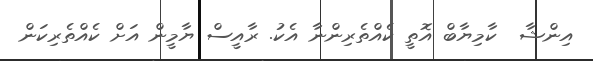
އިންޝާ  ކާމިޔާބް އޮތީ ކެއްތެރިންނާ އެކު. ރާއީސް ޔާމީން އަށް ކެއްތެރިކަން